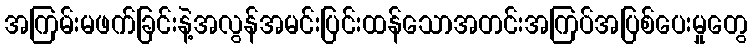
အကြမ်းမဖက်ခြင်းနဲ့အလွန်အမင်းပြင်းထန်သောအတင်းအကြပ်အပြစ်ပေးမှုတွေ